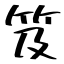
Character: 笈